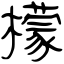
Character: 檬